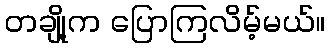
တချို့က ပြောကြလိမ့်မယ်။